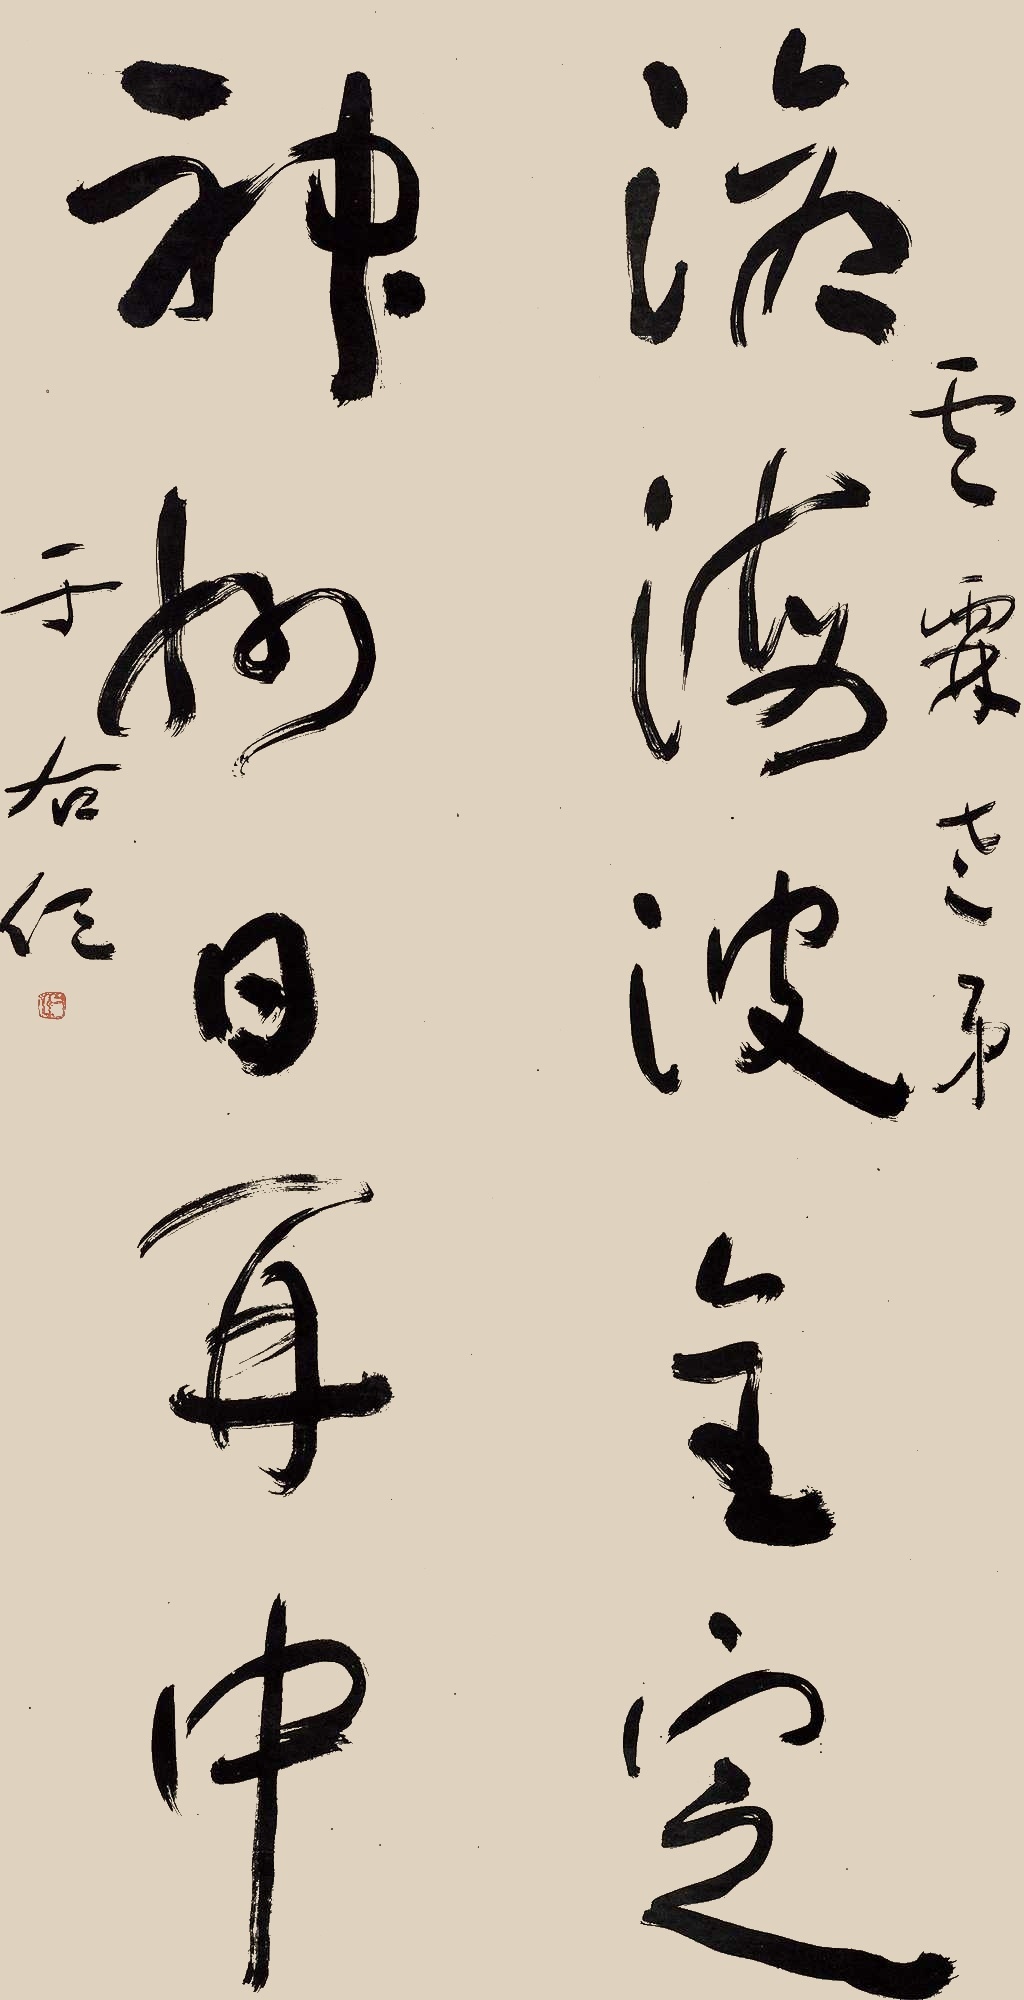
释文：沧海波全定，神州日再中。云霖老弟，于右任。